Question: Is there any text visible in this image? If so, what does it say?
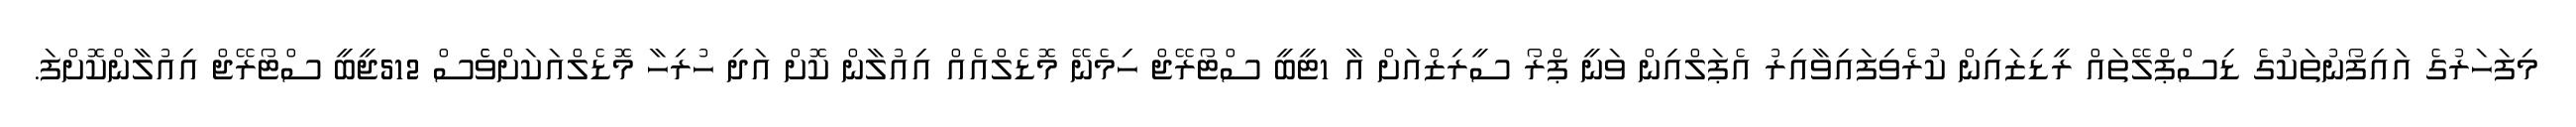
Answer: މިފަހަރުގެ އައިފޯނުތަކުގެ ޑިސްޕްލޭތައް ރީޑިޒައިން ކުރެވިފައިވާއިރު އެޕަލްއިން ވަނީ ޕްރޯ ސީރިޒްއަށް އާ 1ޓީބީ ސްޓޯރޭޖް ހިމެނޭ މޮޑެލްއެއް އިއުލާން ކޮށް އަދި ހުރިހާ މޮޑެލްއަކަށްވެެސް 512ޖީބީ ސްޓޯރޭޖް އިއުލާންކޮށްފަ.